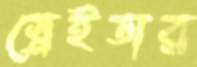
স্নেইডার